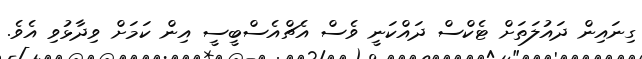
ގިނައިން ދައުލަތަށް ޓެކްސް ދައްކަނީ ވެސް އެޗްއެސްބީސީ އިން ކަމަށް ވިދާޅުވި އެވެ.